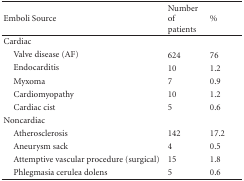
| Emboli Source | Number of patients | % |
 | --- | --- | --- |
 | Cardiac |  |  |
 | Valve disease (AF) | 624 | 76 |
 | Endocarditis | 10 | 1.2 |
 | Myxoma | 7 | 0.9 |
 | Cardiomyopathy | 10 | 1.2 |
 | Cardiac cist | 5 | 0.6 |
 | Noncardiac |  |  |
 | Atherosclerosis | 142 | 17.2 |
 | Aneurysm sack | 4 | 0.5 |
 | Attemptive vascular procedure (surgical) | 15 | 1.8 |
 | Phlegmasia cerulea dolens | 5 | 0.6 |